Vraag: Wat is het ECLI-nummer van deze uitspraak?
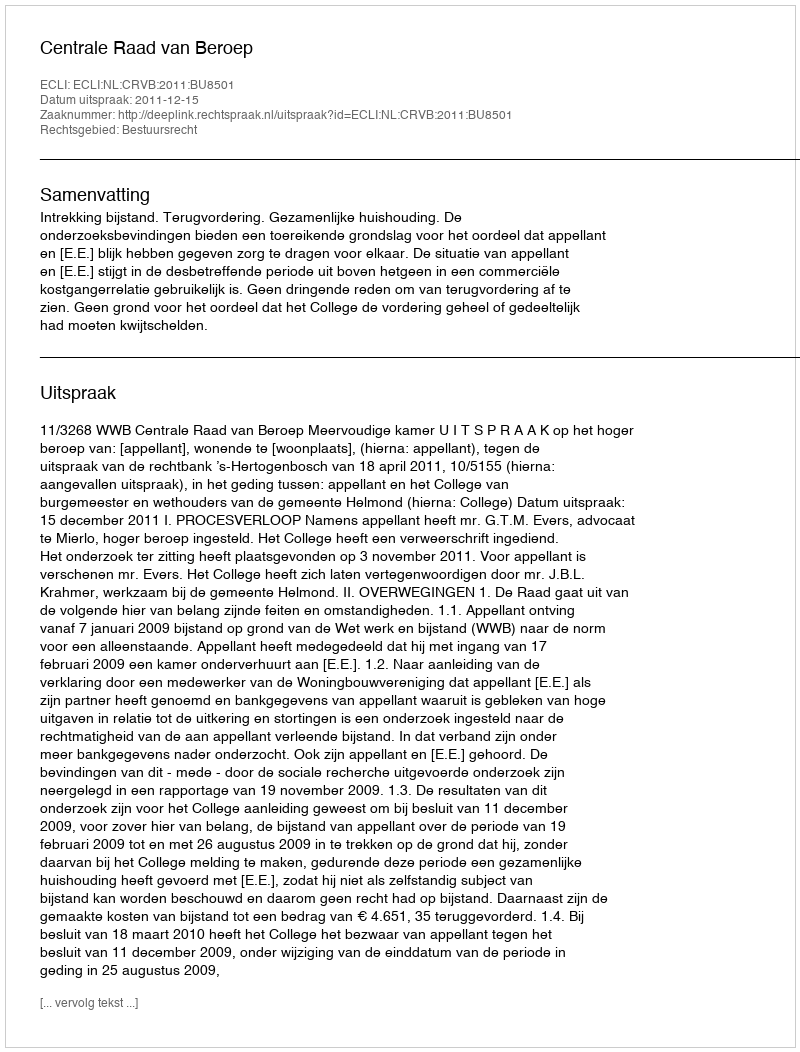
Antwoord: ECLI:NL:CRVB:2011:BU8501